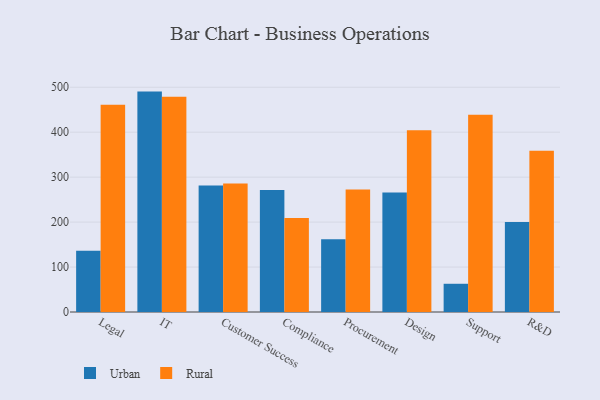
{"axis": {"x": "Department", "y": "Humidity (%)"}, "legend": ["Rural", "Urban"], "data": [{"x": "Legal", "y": 136.2, "type": "Urban"}, {"x": "Legal", "y": 460.9, "type": "Rural"}, {"x": "IT", "y": 490.3, "type": "Urban"}, {"x": "IT", "y": 478.6, "type": "Rural"}, {"x": "Customer Success", "y": 281.6, "type": "Urban"}, {"x": "Customer Success", "y": 285.9, "type": "Rural"}, {"x": "Compliance", "y": 271.2, "type": "Urban"}, {"x": "Compliance", "y": 208.9, "type": "Rural"}, {"x": "Procurement", "y": 162.0, "type": "Urban"}, {"x": "Procurement", "y": 272.5, "type": "Rural"}, {"x": "Design", "y": 265.8, "type": "Urban"}, {"x": "Design", "y": 404.4, "type": "Rural"}, {"x": "Support", "y": 62.8, "type": "Urban"}, {"x": "Support", "y": 438.7, "type": "Rural"}, {"x": "R&D", "y": 200.3, "type": "Urban"}, {"x": "R&D", "y": 358.5, "type": "Rural"}]}